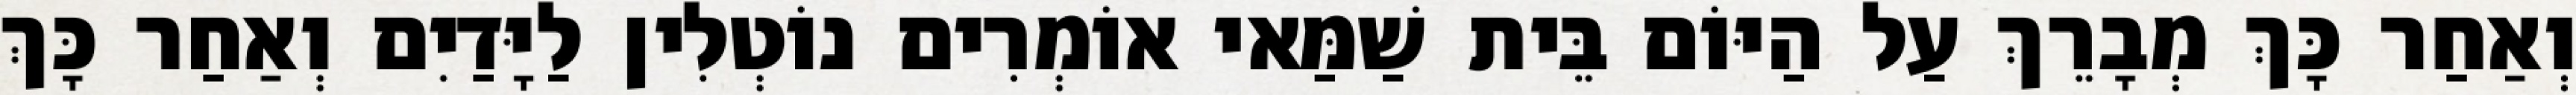
וְאַחַר כָּךְ מְבָרֵךְ עַל הַיּוֹם בֵּית שַׁמַּאי אוֹמְרִים נוֹטְלִין לַיָּדַיִם וְאַחַר כָּךְ